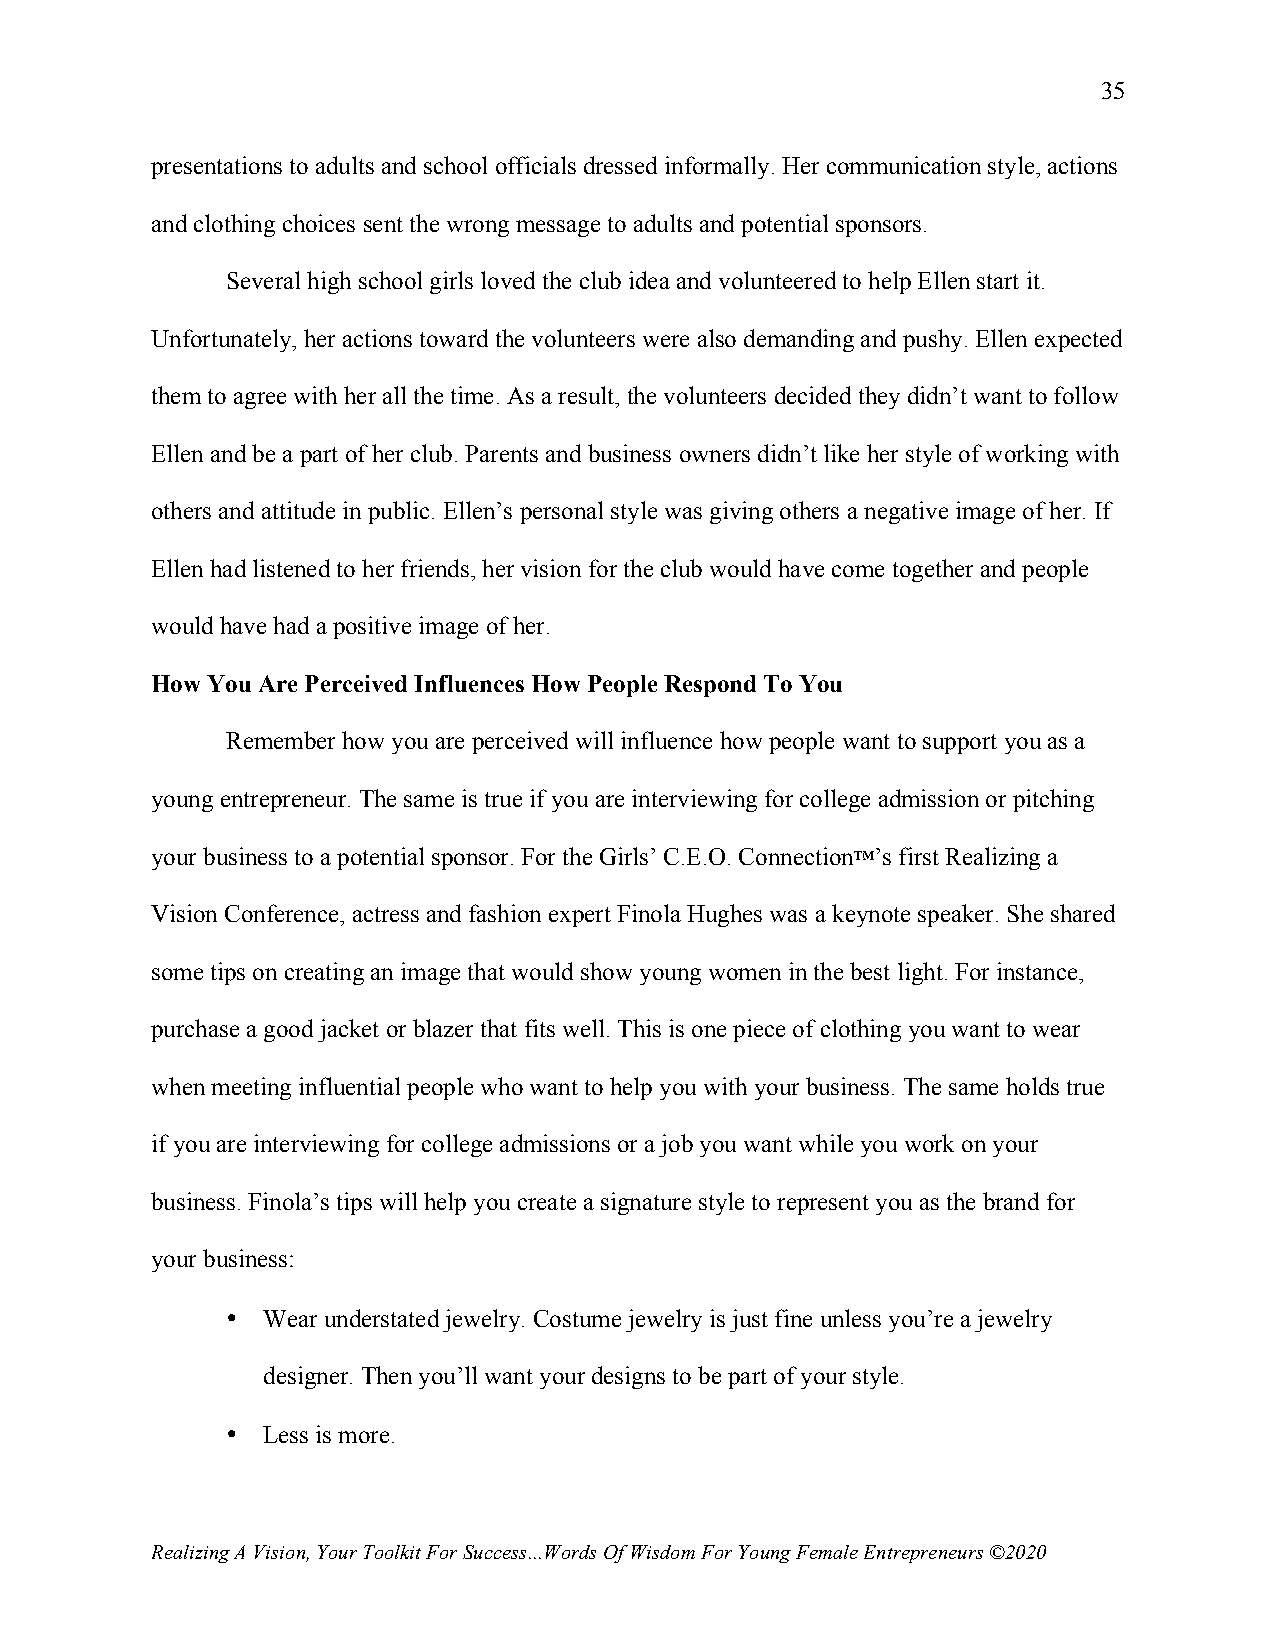
35
 presentations to adults and school officials dressed informally. Her communication style, actions
 and clothing choices sent the wrong message to adults and potential sponsors.
 Several high school girls loved the club idea and volunteered to help Ellen start it.
 Unfortunately, her actions toward the volunteers were also demanding and pushy. Ellen expected
 them to agree with her all the time. As a result, the volunteers decided they didn’t want to follow
 Ellen and be a part of her club. Parents and business owners didn’t like her style of working with
 others and attitude in public. Ellen’s personal style was giving others a negative image of her. If
 Ellen had listened to her friends, her vision for the club would have come together and people
 would have had a positive image of her.
 How You Are Perceived Influences How People Respond To You
 Remember how you are perceived will influence how people want to support you as a
 young entrepreneur. The same is true if you are interviewing for college admission or pitching
 your business to a potential sponsor. For the Girls’ C.E.O. Connection™’s first Realizing a
 Vision Conference, actress and fashion expert Finola Hughes was a keynote speaker. She shared
 some tips on creating an image that would show young women in the best light. For instance,
 purchase a good jacket or blazer that fits well. This is one piece of clothing you want to wear
 when meeting influential people who want to help you with your business. The same holds true
 if you are interviewing for college admissions or a job you want while you work on your
 business. Finola’s tips will help you create a signature style to represent you as the brand for
 your business:
 • Wear understated jewelry. Costume jewelry is just fine unless you’re a jewelry
 designer. Then you’ll want your designs to be part of your style.
 • Less is more.
 Realizing A Vision, Your Toolkit For Success...Words Of Wisdom For Young Female Entrepreneurs ©2020